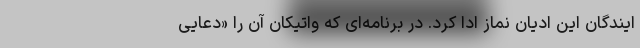
ایندگان این ادیان نماز ادا کرد. در برنامه‌ای که واتیکان آن را «دعایی